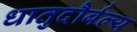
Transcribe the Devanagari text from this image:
धातुदौर्बल्य